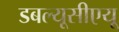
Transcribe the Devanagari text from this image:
डबल्यूसीएयू